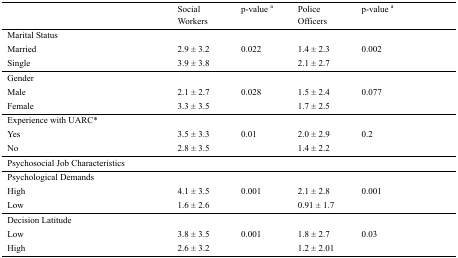
|  | Social Workers | p-value a | Police Officers | p-value a |
 | --- | --- | --- | --- | --- |
 | <COLSPAN=5> Marital Status |
 | Married | 2.9 ± 3.2 | 0.022 | 1.4 ± 2.3 | 0.002 |
 | Single | 3.9 ± 3.8 |  | 2.1 ± 2.7 |  |
 | <COLSPAN=5> Gender |
 | Male | 2.1 ± 2.7 | 0.028 | 1.5 ± 2.4 | 0.077 |
 | Female | 3.3 ± 3.5 |  | 1.7 ± 2.5 |  |
 | <COLSPAN=5> Experience with UARC8 |
 | Yes | 3.5 ± 3.3 | 0.01 | 2.0 ± 2.9 | 0.2 |
 | No | 2.8 ± 3.5 |  | 1.4 ± 2.2 |  |
 | <COLSPAN=5> Psychosocial Job Characteristics |
 | <COLSPAN=5> Psychological Demands |
 | High | 4.1 ± 3.5 | 0.001 | 2.1 ± 2.8 | 0.001 |
 | Low | 1.6 ± 2.6 |  | 0.91 ± 1.7 |  |
 | <COLSPAN=5> Decision Latitude |
 | Low | 3.8 ± 3.5 | 0.001 | 1.8 ± 2.7 | 0.03 |
 | High | 2.6 ± 3.2 |  | 1.2 ± 2.01 |  |